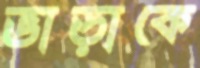
ভাড়াকে